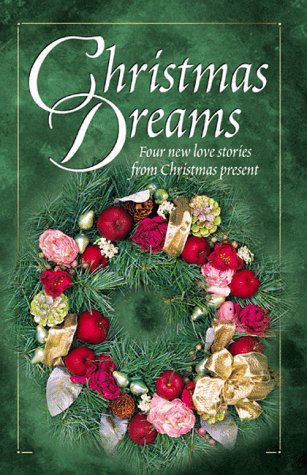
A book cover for Christmas Dreams: The Christmas Wreath/Evergreen/Searching for the Star/Christmas Baby (Inspirational Christmas Romance Collection); Veda Boyd Jones; Religion & Spirituality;